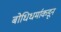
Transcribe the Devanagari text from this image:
बोधिधर्माकडून